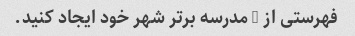
فهرستی از 5 مدرسه برتر شهر خود ایجاد کنید.